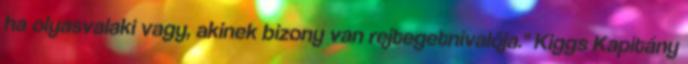
ha olyasvalaki vagy, akinek bizony van rejtegetnivalója." Kiggs Kapitány